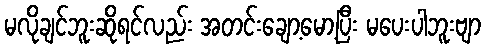
မလိုချင်ဘူးဆိုရင်လည်း အတင်းချော့မော့ပြီး မပေးပါဘူးဗျာ